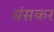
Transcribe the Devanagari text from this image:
बंसकर